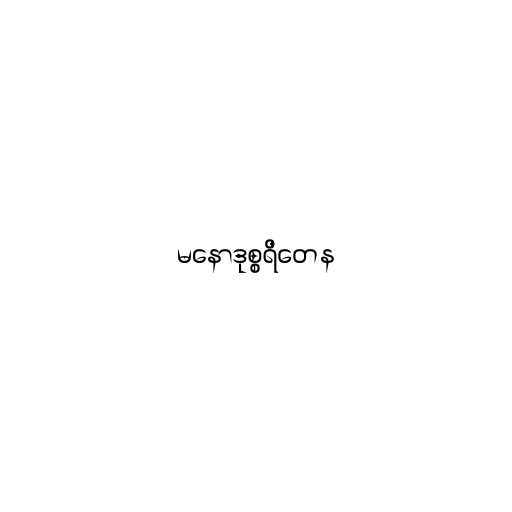
မနောဒုစ္စရိတေန